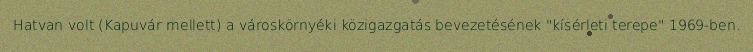
Hatvan volt (Kapuvár mellett) a városkörnyéki közigazgatás bevezetésének "kísérleti terepe" 1969-ben.